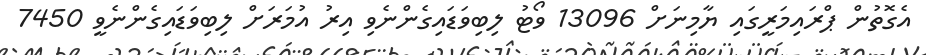
އެގޮތުން ޕްރައިމަރީގައި ޔާމިނަށް 13096 ވޯޓު ލިބިވަޑައިގެންނެވި އިރު އުމަރަށް ލިބިވަޑައިގެންނެވީ 7450